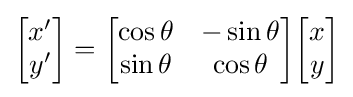
{\begin{bmatrix}x'\\y'\\\end{bmatrix}}={\begin{bmatrix}\cos \theta &-\sin \theta \\\sin \theta &\cos \theta \\\end{bmatrix}}{\begin{bmatrix}x\\y\\\end{bmatrix}}